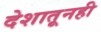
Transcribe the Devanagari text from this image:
देशातूनही